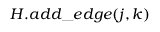
{ H . a d d \_ e d g e ( j , k ) }